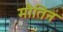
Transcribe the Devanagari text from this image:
मौतिन